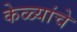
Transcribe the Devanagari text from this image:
केळ्यांचे